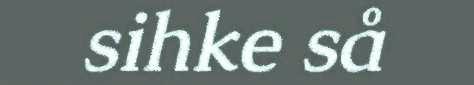
sihke så